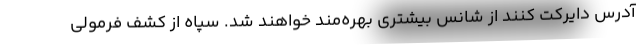
آدرس دایرکت کنند از شانس بیشتری بهره‌مند خواهند شد. سپاه از کشف فرمولی